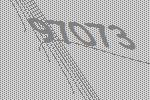
97073